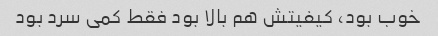
خوب بود، کیفیتش هم بالا بود فقط کمی سرد بود